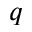
q